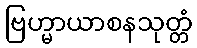
ဗြဟ္မာယာစနသုတ္တံ